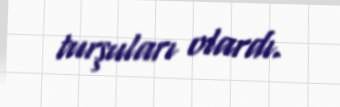
turşuları olardı.